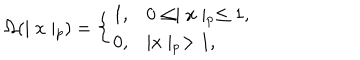
\Omega ( \mid x \mid _ { p } ) = \left\{ \begin{array} { l l } { { 1 , } } & { { 0 \leq \mid x \mid _ { p } \leq 1 , } } \\ { { 0 , } } & { { \mid x \mid _ { p } > 1 , } } \\ \end{array} \right.